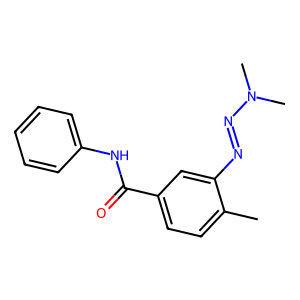
SMILES: Cc1ccc(C(=O)Nc2ccccc2)cc1N=NN(C)C
Inhibits HIV replication: No